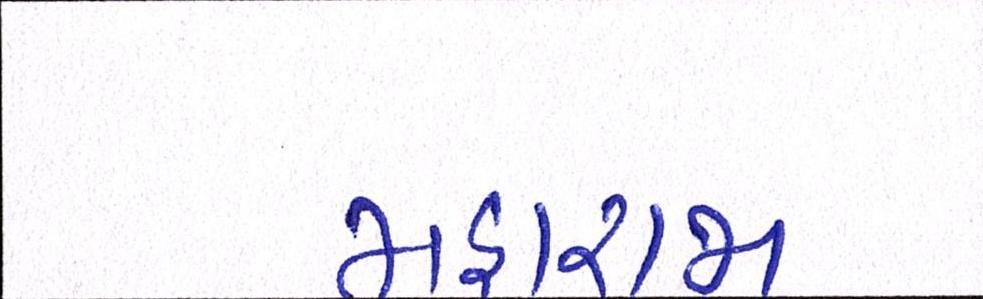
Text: મહારાજા